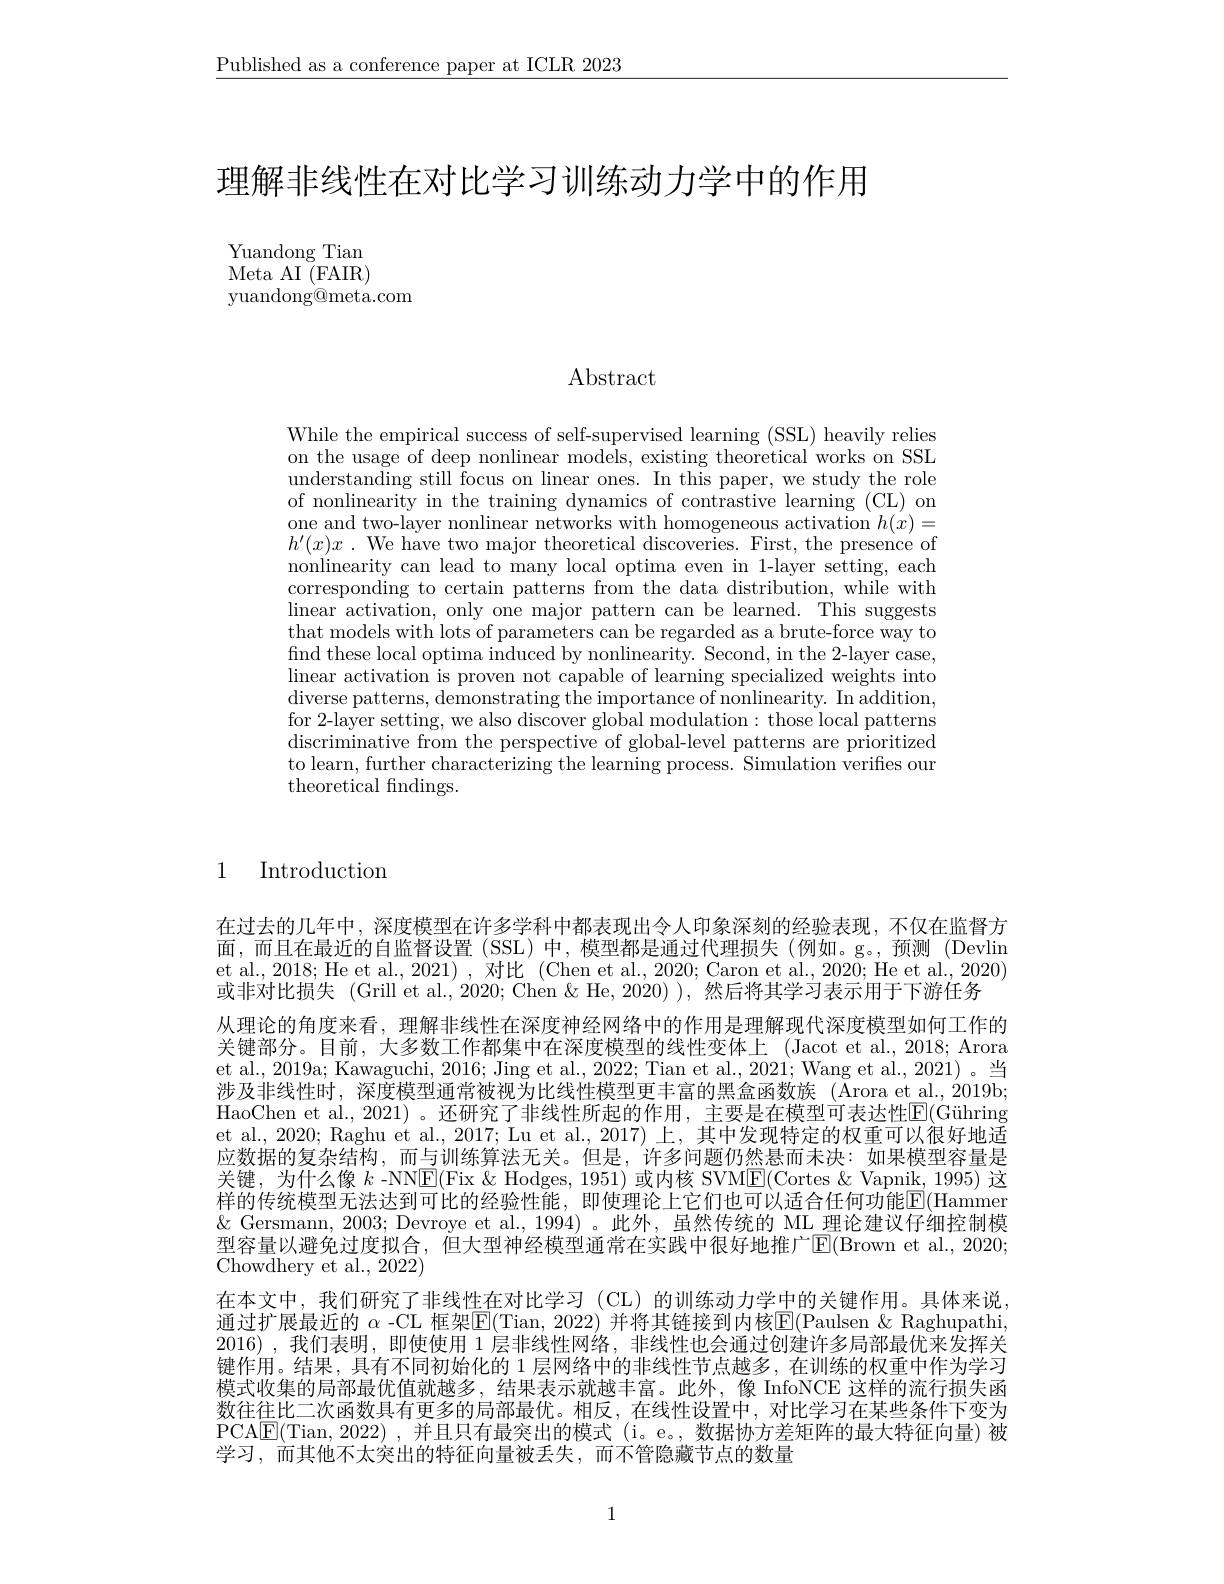
$\underline{\text{Published as a conference paper at ICLR 2023}}$

理解非线性在对比学习训练动力学中的作用

Yuandong Tian Meta AI $\bar{( }$FAIR) yuandong@meta.com

# Abstract

While the empirical success on the usage of deep nonline understanding still focus on linear ones. In this paper, we study the role of nonlinearity in the train one and two-layer nonlinear $h^{\prime}(x)x.$ We have two maj nonlinearity can lead to man corresponding to certain pat linear activation, only one that models with lots of parameters can be regarded as a brute-force way to find these local optima induced by nonlinearity. Second, in the 2-layer case, linear activation is proven not capable of learning specialized weights into diverse patterns, demonstrat for 2-layer setting, we also discover global modulation: those local patterns discriminative from the perspective of global- level patterns are prioritized to learn, further characterizing the learning process. Simulation verifies our theoretical findings.

1 Introduction

在过去的几年中，深度模型在许多学科中都表现出令人印象深刻的经验表现，不仅在监督方面，而且在最近的自监督设置(SSL)中，模型都是通过代理et al., 2018; He et al., 2021) , 对比 (Chen et al., 2020; Caron et al., 2020; He et al., 2020) 或非对比损失 (Grill et al., 2020;
从理论的角度来看，理解非线性在深度神经网络中的作用是理解现代深度模型如何工作的关键部分。目前，大多数工作都集中在深度模型的线性变体上et al., 2019a; Kawaguchi, 2016; Jing et al., 2022; Tian et al., 2021; Wang et al., 2021)。当涉及非线性时，深度模型通常被视为比线性模型更丰富的黑盒函HaoChen et al., 2021) 。还研究了非线性所起的作用，主要是在模型可表达性$\boxed{\mathrm{E}}($Gühring et al., 2020; Raghu et al., 2017; Lu et al., 2017) 上，其中发现特定的权重可以很好地适应数据的复杂结构，而与训练算法无关。但是，许多问题仍然悬关键，为什么像$k$ -NNE(Fix &Hodges, 1951) 或内核 SVME(Cortes &Vapnik, 1995) 这样的传统模型无法达到可比的经验性能，即使理论上它们也可以适合任何功能$\mathbb{E}($Hammer $\&$ Gersmann, 2003; Devroye et al., 1994)。此外，虽然传统的 ML 理论建议仔细控制模型容量以避免过度拟合，但大型神经模型通常在实践中很好地推广$\operatorname{E}($Brown et al.,2020; Chowdhery et al., 2022)
在本文中，我们研究了非线性在对比学习 (CL)的训练动力学中的关键作用。具体来说通过扩展最近的 $\alpha$ -CL 框架$\overline{\mathrm{E}}($Tian, 2022) 并将其链接到内核$\overline{\mathrm{E}}($Paulsen &Raghupathi, 2016),我们表明，即使使用 1 层非线性网络，非线性也会通过创建许多局部最优来发挥关键作用。结果，具有不同初始化的 1层网络中的非线性节点越多，在训练的权重中作为学习模式收集的局部最优值就越多，结果表示就越丰富。此外，像 InfoNCE 这样的流行损失函数往往比二次函数具有更多的局部最优。相反，在线性设置中，对比学习在某些条件下变为PCA$\boxed{\mathrm{E}}($Tian,2022),并且只有最突出的模式(i。e。,数据协方差矩阵的最大特征向量)被学习，而其他不太突出的特征向量被丢失，而不管隐藏节点的数量

1